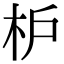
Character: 枦